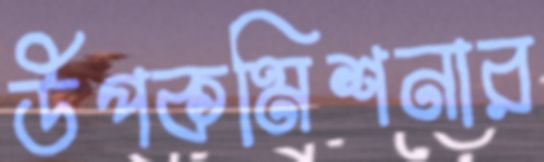
উপকমিশনার